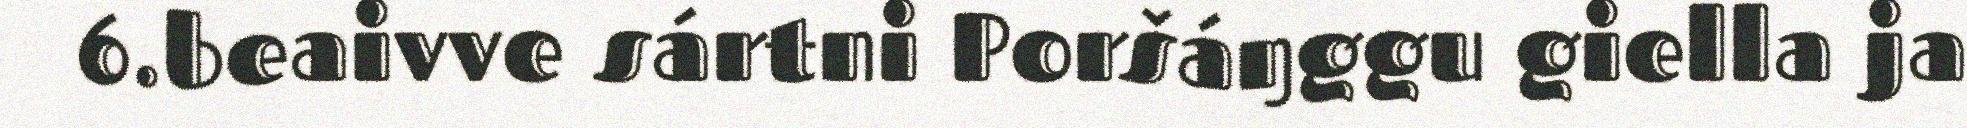
6.beaivve sártni Poršáŋggu giella ja